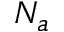
N _ { a }